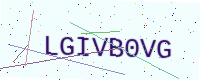
Text: LGIVB0VG